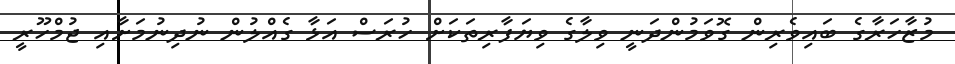
މުޒާހަރާގެ ބައިވެރިން ގޮވަމުންދަނީ ވިލާގެ ވިޔަފާރިތަކަށް ހުރަސް އަޅާ ގެއްލުން ނުދިނުމަށާއި ޖުމްހޫރީ